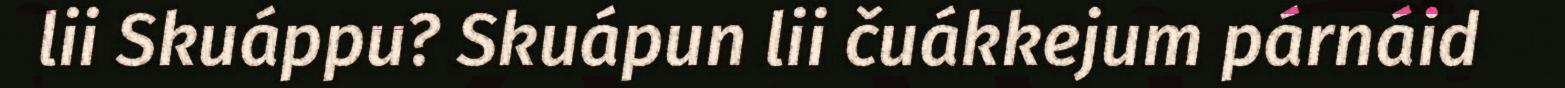
lii Skuáppu? Skuápun lii čuákkejum párnáid